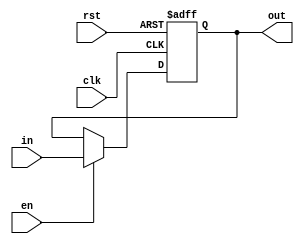
`timescale 1ns / 1ps

//
module IR (
    rst,  //
    clk,  //IR
    en,  //IR
    in,  //IR
    out  //IRID1
);

  input rst;
  input clk;
  input en;
  input [31:0] in;
  output reg [31:0] out;

  always @(posedge rst or posedge clk) begin
    if (rst) begin
      out <= 32'h0000_0000;
    end else if (en) begin
      out <= in;
    end
  end

endmodule